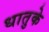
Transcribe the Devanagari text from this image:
धातुके